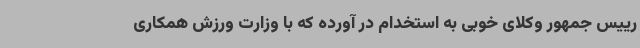
رییس جمهور وکلای خوبی به استخدام در آورده که با وزارت ورزش همکاری